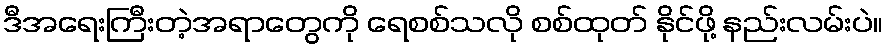
ဒီအရေးကြီးတဲ့အရာတွေကို ရေစစ်သလို စစ်ထုတ် နိုင်ဖို့ နည်းလမ်းပဲ။